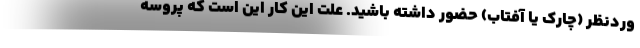
وردنظر (چارک یا آفتاب) حضور داشته باشید. علت این کار این است که پروسه